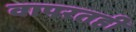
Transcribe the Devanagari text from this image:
वापरतही